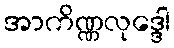
အာကိဏ္ဏလုဒ္ဒေါ